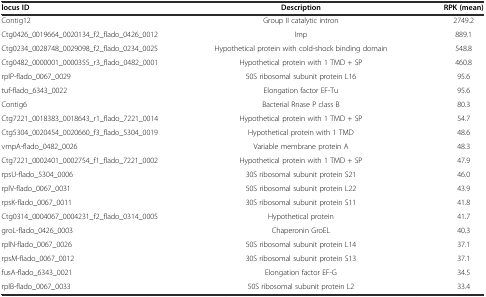
| locus ID | Description | RPK (mean) |
 | --- | --- | --- |
 | Contig12 | Group II catalytic intron | 2749.2 |
 | Ctg0426_0019664_0020134_f2_flado_0426_0012 | Imp | 889.1 |
 | Ctg0234_0028748_0029098_f2_flado_0234_0025 | Hypothetical protein with cold-shock binding domain | 548.8 |
 | Ctg0482_0000001_0000355_r3_flado_0482_0001 | Hypothetical protein with 1 TMD + SP | 460.8 |
 | rplP-flado_0067_0029 | 50S ribosomal subunit protein L16 | 95.6 |
 | tuf-flado_6343_0022 | Elongation factor EF-Tu | 95.6 |
 | Contig6 | Bacterial Rnase P class B | 80.3 |
 | Ctg7221_0018383_0018643_r1_flado_7221_0014 | Hypothetical protein with 1 TMD + SP | 54.7 |
 | Ctg5304_0020454_0020660_f3_flado_5304_0019 | Hypothetical protein with 1 TMD | 48.6 |
 | vmpA-flado_0482_0026 | Variable membrane protein A | 48.3 |
 | Ctg7221_0002401_0002754_f1_flado_7221_0002 | Hypothetical protein with 1 TMD + SP | 47.9 |
 | rpsU-flado_5304_0006 | 30S ribosomal subunit protein S21 | 46.0 |
 | rplV-flado_0067_0031 | 50S ribosomal subunit protein L22 | 43.9 |
 | rpsK-flado_0067_0011 | 30S ribosomal subunit protein S11 | 41.8 |
 | Ctg0314_0004067_0004231_f2_flado_0314_0005 | Hypothetical protein | 41.7 |
 | groL-flado_0426_0003 | Chaperonin GroEL | 40.3 |
 | rplN-flado_0067_0026 | 50S ribosomal subunit protein L14 | 37.1 |
 | rpsM-flado_0067_0012 | 30S ribosomal subunit protein S13 | 37.1 |
 | fusA-flado_6343_0021 | Elongation factor EF-G | 34.5 |
 | rplB-flado_0067_0033 | 50S ribosomal subunit protein L2 | 33.4 |